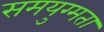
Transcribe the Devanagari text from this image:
समयुग्मता